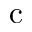
\mathrm { c }